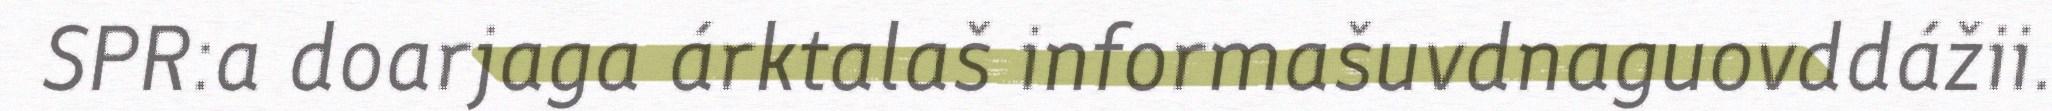
SPR:a doarjaga árktalaš informašuvdnaguovddážii.